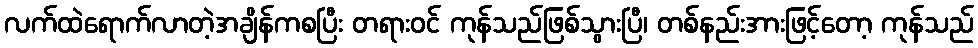
လက်ထဲရောက်လာတဲ့အချိန်ကစပြီး တရားဝင် ကုန်သည်ဖြစ်သွားပြီ၊ တစ်နည်းအားဖြင့်တော့ ကုန်သည်